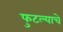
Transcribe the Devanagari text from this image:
फुटल्याचे